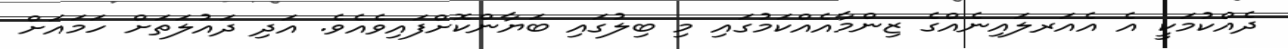
ދެއްކުމަކީ އެ އެއަރލައިނެއްގެ ޒިންމާއެއްކަމުގައި މި ބިލުގައި ބަޔާންކޮށްފައިވެއެވެ. އަދި ދައުލަތަށް ހަމައަށް